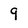
Character: 9